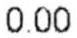
0.00